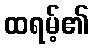
ထရမ့်၏